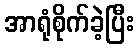
အာရုံစိုက်ခဲ့ပြီး